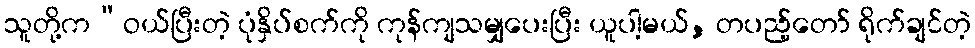
သူတို့က“ဝယ်ပြီးတဲ့ ပုံနှိပ်စက်ကို ကုန်ကျသမျှပေးပြီး ယူပါ့မယ်, တပည့်တော် ရိုက်ချင်တဲ့